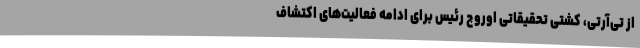
از تی‌آرتی، کشتی تحقیقاتی اوروچ رئیس برای ادامه فعالیت‌های اکتشاف